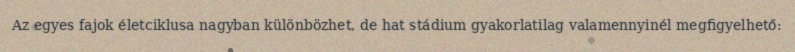
Az egyes fajok életciklusa nagyban különbözhet, de hat stádium gyakorlatilag valamennyinél megfigyelhető: